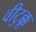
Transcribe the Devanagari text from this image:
वीटुक्कू